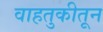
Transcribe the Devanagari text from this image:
वाहतुकीतून